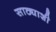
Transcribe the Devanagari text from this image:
साठ्याशी